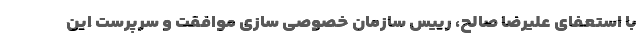
با استعفای علیرضا صالح، رییس سازمان خصوصی سازی موافقت و سرپرست این